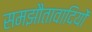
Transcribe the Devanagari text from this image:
समझौतावादियों